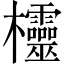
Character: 欞